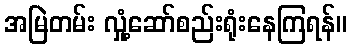
အမြဲတမ်း လှုံ့ဆော်စည်းရုံးနေကြရန်။